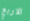
الاربع